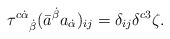
\begin{align*} \tau^{c\dot\alpha}{}_{\dot\beta}(\bar a^{\dot\beta}a_{\dot\alpha})_{ij}=\delta_{ij}\delta^{c3}\zeta.\end{align*}